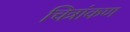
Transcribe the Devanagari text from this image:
चित्रांकण